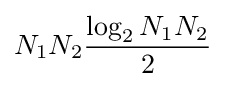
N_{1}N_{2}{\frac {\log _{2}N_{1}N_{2}}{2}}